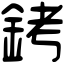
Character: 銬